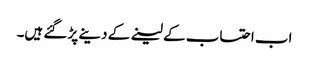
اب احتساب کے لینے کے دینے پڑ گئے ہیں۔